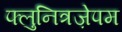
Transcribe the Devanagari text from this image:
फ्लुनित्रज़ेपम